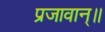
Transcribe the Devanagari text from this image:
प्रजावान्॥